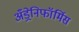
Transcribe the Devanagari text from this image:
अँड्रेनिफॉर्मिस